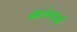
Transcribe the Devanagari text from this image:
बालंगधर्व